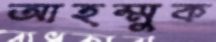
আহম্মুক